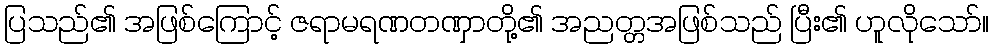
ပြသည်၏ အဖြစ်ကြောင့် ဇရာမရဏတဏှာတို့၏ အညတ္တအဖြစ်သည် ပြီး၏ ဟူလိုသော်။